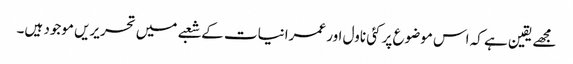
مجھے یقین ہے کہ اس موضوع پر کئی ناول اور عمرانیات کے شعبے میں تحریریں موجود ہیں۔